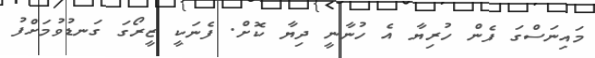
މައިނަސްގަ ފެން ހުރިޔާ އެ ހުނާނީ ދިޔާ ކޮށް. ފެނަކީ ޒީރޯގަ ގަނޑުވުމަށްފު